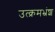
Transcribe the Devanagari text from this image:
उत्क्रमभ्रंश